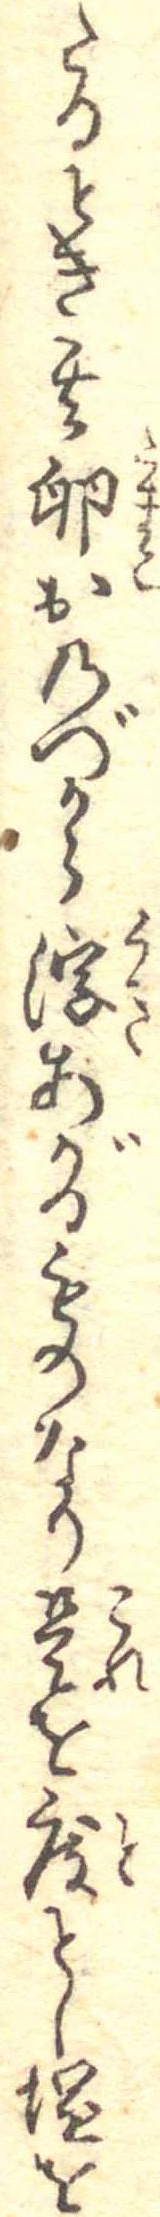
たるとき其卵おのづから浮あがるものなり是を度とし塩を